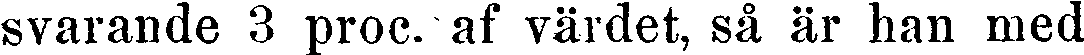
svarande 3 proc. af värdet, så är han med